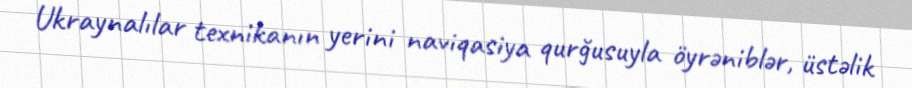
Ukraynalılar texnikanın yerini naviqasiya qurğusuyla öyrəniblər, üstəlik